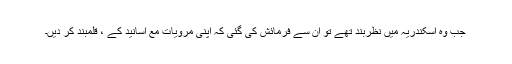
جب وہ اسکندریہ میں نظربند تھے تو ان سے فرمائش کی گئی کہ اپنی مرویات مع اسانید کے ، قلمبند کر دیں۔